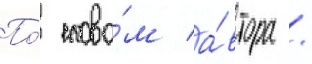
По́ слова́м а́втора /